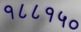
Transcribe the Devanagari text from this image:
१८८१५०